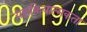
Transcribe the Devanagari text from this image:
यज्ञक्रियात्मकता